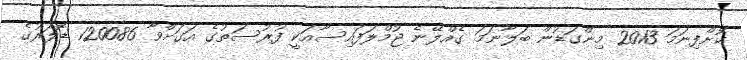
ކޮށްފިނަމަ 2013 މިންގަޑުން ބަލާނަމަ ގެއްލޭނެ ޖުމްލަފައިސާއަކީ ފުރުސަތުގެ އަގަށްވާ 120086 ޑޮލަރުގެ